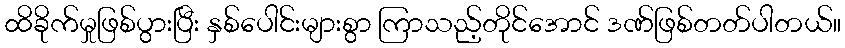
ထိခိုက်မှုဖြစ်ပွားပြီး နှစ်ပေါင်းများစွာ ကြာသည့်တိုင်အောင် ဒဏ်ဖြစ်တတ်ပါတယ်။